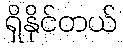
ရှိနိုင်တယ်